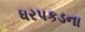
ધરપકડના